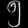
Digit: ၅